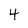
Character: 4